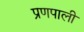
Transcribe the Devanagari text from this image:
प्रणपाली